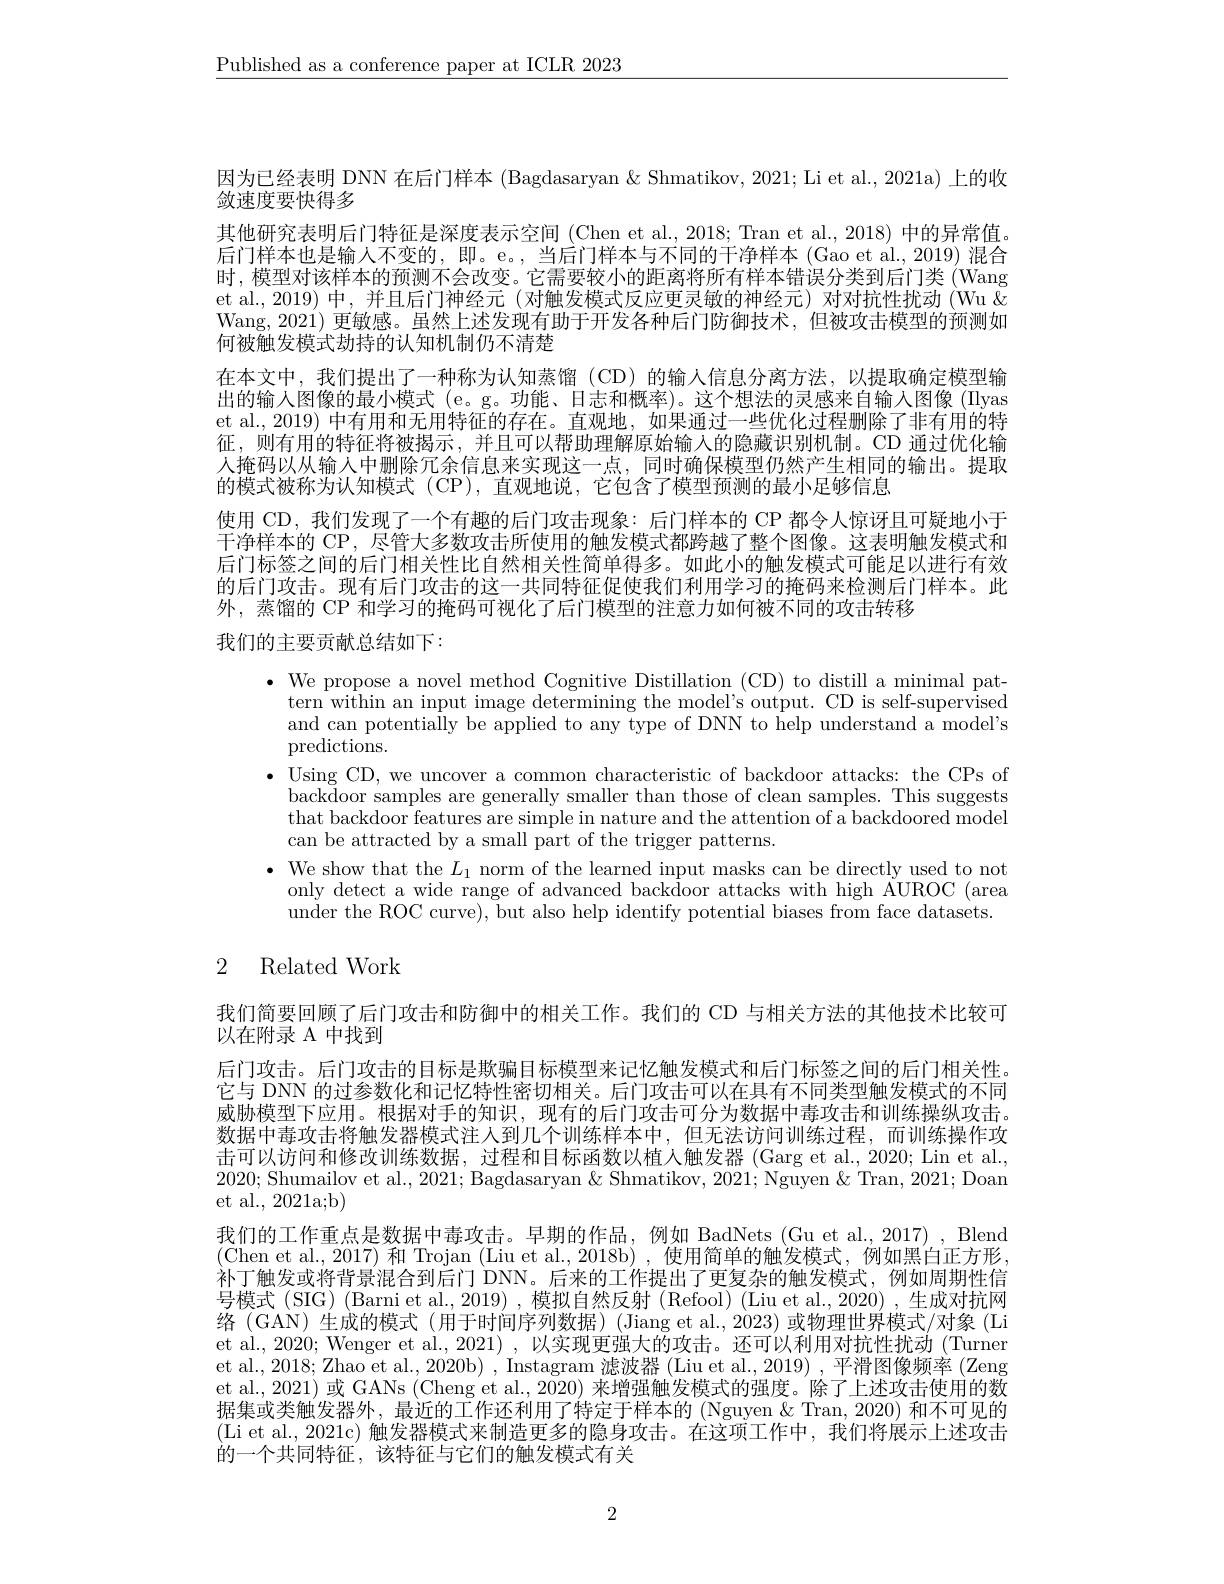
$\underline{\text{Published as a conference paper at ICLR 2023}}$

因为已经表明 DNN 在后门样本 (Bagdasaryan & Shmatikov, 2021; Li et al., 2021a) 上的收
敛速度要快得多
其他研究表明后门特征是深度表示空间 (Chen et al., 2018; Tran et al., 2018) 中的异常值。后门样本也是输入不变的，即。e。, 当后门样本与不同的干净样本 (Gao et al., 2019) 混合时，模型对该样本的预测不会改变。它需要较小的距离将所有样本错误分类到后门类(Wang et al., 2019) 中，并且后门神经元 (对触发模式反应更灵敏的神经元) 对对抗性扰动 (Wu & Wang,2021) 更敏感。虽然上述发现有助于开发各种后门防御技术，但被攻击模型的预测如何被触发模式劫持的认知机制仍不清楚
在本文中，我们提出了一种称为认知蒸馏(CD)的输人信息分离方法，以提取确定模型输出的输入图像的最小模式 (e。g。功能、日志和概率)。这个想法的灵感来自输入图像 (Ilyas et al., 2019) 中有用和无用特征的存在。直观地，如果通过一些优化过程删除了非有用的特征，则有用的特征将被揭示，并且可以帮助理解原始输入的隐藏识别机制。CD 通过优化输人掩码以从输入中删除冗余信息来实现这一点，同时确保模型仍然产生相同的输出。提取的模式被称为认知模式 (CP),直观地说，它包含了模型预测的最小足够信息
使用 CD, 我们发现了一个有趣的后门攻击现象：后门样本的 CP 都令人惊讶且可疑地小于干净样本的 CP, 尽管大多数攻击所使用的触发模式都跨越了整个图像。这表明触发模式和后门标签之间的后门相关性比自然相关性简单得多。如此小的触发模式可能足以进行有效的后门攻击。现有后门攻击的这一共同特征促使我们利用学习的掩码来检测后门样本。此外，蒸馏的 CP 和学习的掩码可视化了后门模型的注意力如何被不同的攻击转移

我们的主要贡献总结如下：

$\bullet$ We propose a novel method Cognitive Distillation (CD) to distill a minimal pat-
tern within an input image determining the model's output. CD is self-supervised and can potentially be applied to any type of DNN to help understand a model's predictions.
$\bullet$ Using CD, we uncover a common characteristic of backdoor attacks: the CPs of
backdoor samples are generally smaller than those of clean samples. This suggests that backdoor features are simple in nature and the attention of a backdoored model can be attracted by a small part of the trigger patterns.
$\bullet$ We show that the $L_1$ norm of the learned input masks can be directly used to not
only detect a wide range of advanced backdoor attacks with high AUROC (area
under the ROC curve), but also help identify potential biases from face datasets.

## 2 Related Work

我们简要回顾了后门攻击和防御中的相关工作。我们的 CD 与相关方法的其他技术比较可
以在附录 A 中找到
后门攻击。后门攻击的目标是欺骗目标模型来记忆触发模式和后门标签之间的后门相关性。它与 DNN 的过参数化和记忆特性密切相关。后门攻击可以在具有不同类型触发模式的不同威胁模型下应用。根据对手的知识，现有的后门攻击可分为数据中毒攻击和训练操纵攻击。数据中毒攻击将触发器模式注人到几个训练样本中，但无法访问训练过程，而训练操作攻击可以访问和修改训练数据，过程和目标函数以植人触发器 (Garg et al., 2020; Lin et al., 2020; Shumailov et al., 2021; Bagdasaryan & Shmatikov, 2021; Nguyen & Tran, 2021; Doan et al., 2021a;b)
我们的工作重点是数据中毒攻击。早期的作品，例如 BadNets (Gu et al., 2017) , Blend (Chen et al.,2017) 和 Trojan (Liu et al., 2018b) ,使用简单的触发模式，例如黑白正方形， 补丁触发或将背景混合到后门 DNN。后来的工作提出了更复杂的触发模式，例如周期性信号模式(SIG)(Barni et al., 2019) ,模拟自然反射 (Refool) (Liu et al., 2020) ,生成对抗网络(GAN) 生成的模式(用于时间序列数据)(Jiang et al., 2023) 或物理世界模式/对象 (Li et al., 2020; Wenger et al., 2021) , 以实现更强大的攻击。还可以利用对抗性扰动 (Turner et al., 2018; Zhao et al., 2020b) , Instagram 滤波器 (Liu et al., 2019) ,平滑图像频率 (Zeng et al., 2021) 或 GANs (Cheng et al., 2020) 来增强触发模式的强度。除了上述攻击使用的数据集或类触发器外，最近的工作还利用了特定于样本的 (Nguyen & Tran, 2020) 和不可见的(Li et al., 2021c) 触发器模式来制造更多的隐身攻击。在这项工作中，我们将展示上述攻击的一个共同特征，该特征与它们的触发模式有关

2